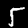
Digit: 5